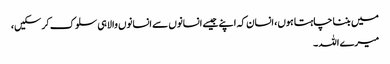
میں بننا چاہتا ہوں، انسان کہ اپنے جیسے انسانوں سے انسانوں والا ہی سلوک کر سکیں،
میرے اللہ ۔